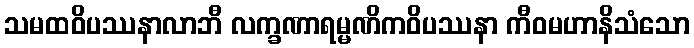
သမထဝိပဿနာလာဘီ လက္ခဏာရမ္မဏိကဝိပဿနာ ကီဝမဟာနိသံသော